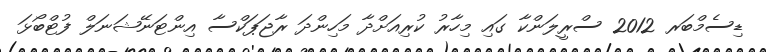
ޑިސެމްބަރ 2012 ސްރީލަންކާ ގައި މިހާރު ކުރިއަށްދާ މަހިންދަ ރާޖަޕަކްސާ އިންޓަނޭޝަނަލް ފުޓްބޯޅަ